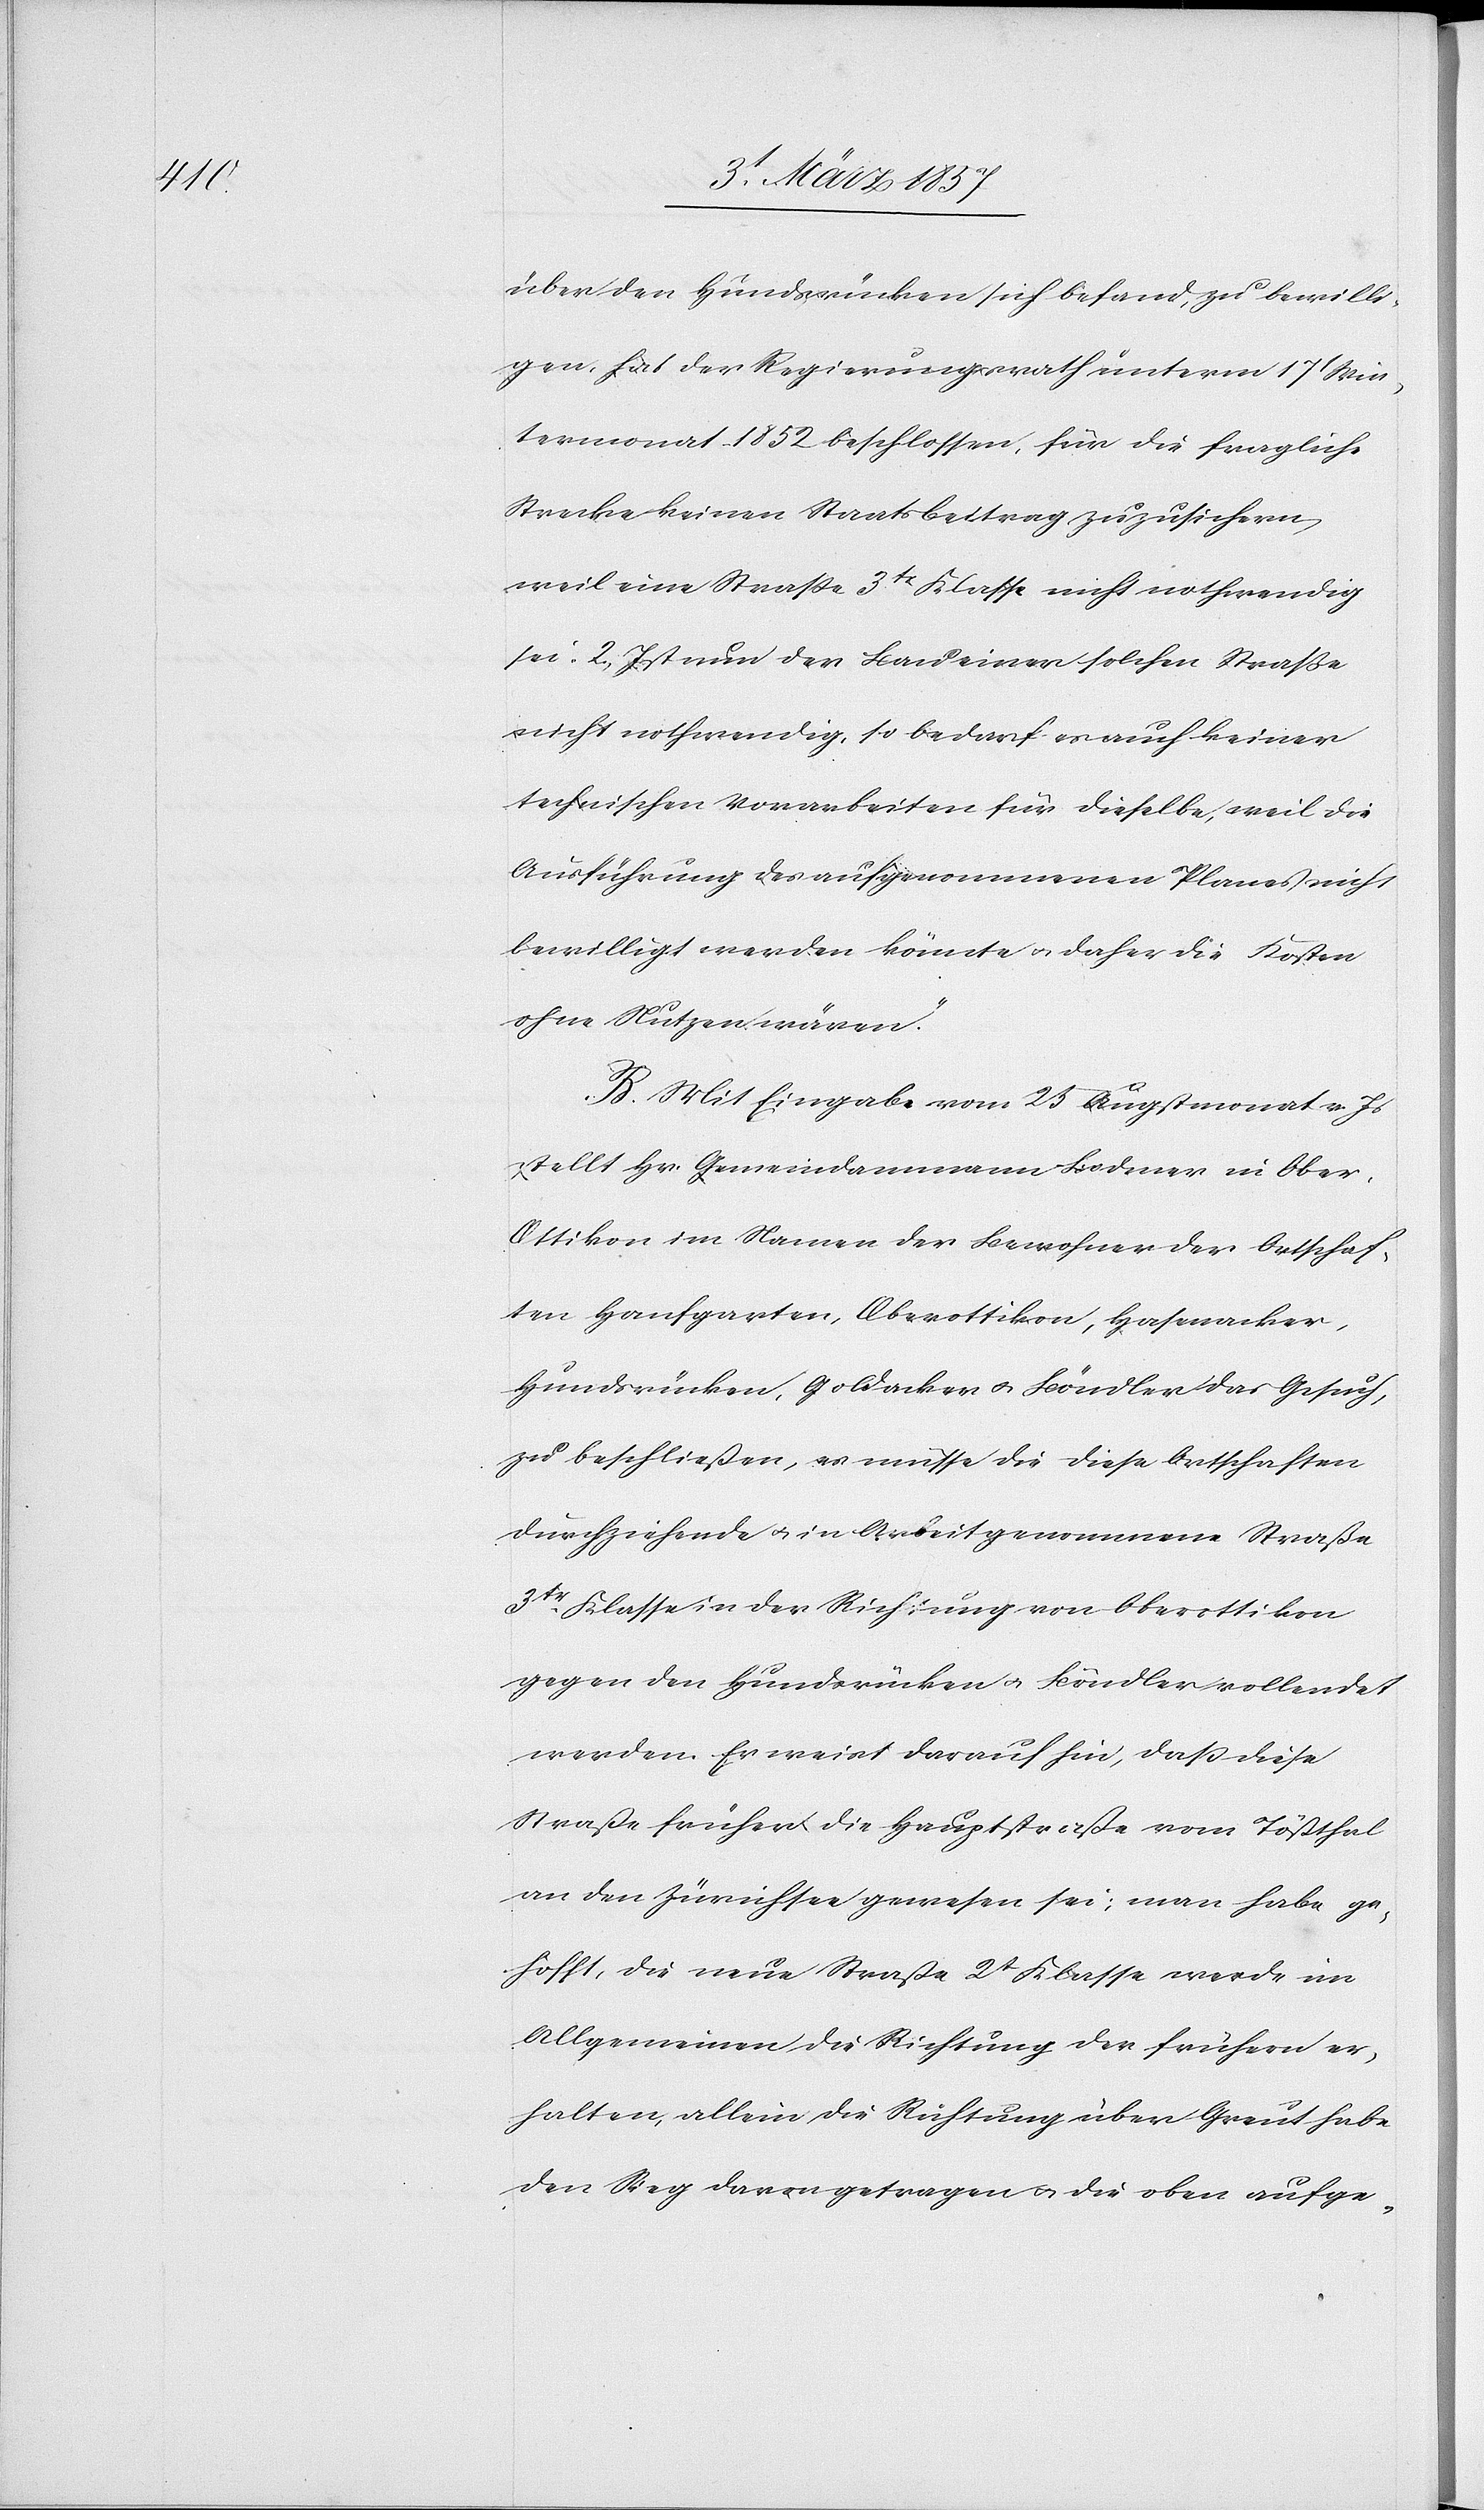
über den Hundsrücken sich befand, zu bewilli¬
gen, hat der Regierungsrath unterm 17 Win¬
termonat 1852 beschlossen, für die fragliche
Strecke keinen Staatsbeitrag zuzusichern,
weil eine Straße 3tr Klasse nicht nothwendig
sei. 2 Ist nun der Bau einer solcher Straße
nicht nothwendig, so bedarf es auch keiner
technischen Vorarbeiten für dieselbe, weil die
Ausführung des aufgenommenen Planes nicht
bewilligt werden könnte u. daher die Kosten
ohne Nutzen wären.“
B. Mit Eingabe vom 25 Augstmonat v. Js
stellt Hr. Gemeindammann Bodmer in Obe¬
r-Ottikon im Namen der Bewohner der Ortschaf¬
ten Hanfgarten, Oberottikon, Hasenacker,
Hundsrücken, Goldacker u. Böndler das Gesuch,
zu beschließen, es müsse die dieses Ortschaften
durchziehende u. in Arbeit genommene Straße
3tr Klasse in der Richtung von Oberottikon
gegen den Hundsrücken u. Böndler vollendet
werden. Er weist darauf hin, daß dies
Straße früher die Hauptstraße vom Tößthal
an den Zürichsee gewesen sei; man habe ge¬
hofft, die neue Straße 2t Klasse werde im
Allgemeinen die Richtung der frühern er¬
halten, allein die Richtung über Greut habe
den Weg davon getragen u. die obern aufge-